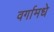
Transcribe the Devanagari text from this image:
वर्गामधे